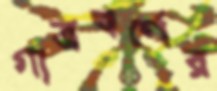
গাত্রবর্ণের